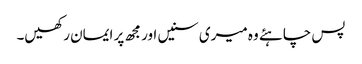
پس چاہئے وہ میری سنیں اور مجھ پر ایمان رکھیں۔